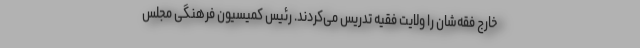
خارج فقه‌شان را ولایت فقیه تدریس می‌کردند. رئیس کمیسیون فرهنگی مجلس